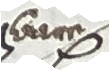
ne